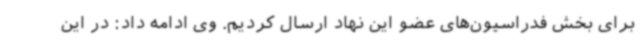
برای بخش فدراسیون‌های عضو این نهاد ارسال کردیم. وی ادامه داد: در این